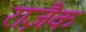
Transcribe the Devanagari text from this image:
राज़ैक